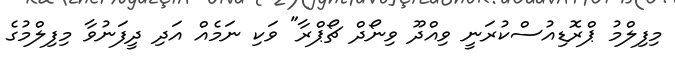
މިފިލްމު ޕްރޮޑިއުސްކުރަނީ ވިއްދޫ ވިނޯދް ޗޯޕްރާ" ވަކި ނަމެއް އަދި ދީފަނުވާ މިފިލްމުގެ